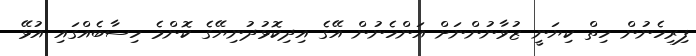
ފިރިހެނުން ހިތް ކިޔަނީ ޒުވާނުންނަށް އަންހެނުން އޭގެ އިދިކޮޅުދުނިޔޭގެ ކޮންމެ ހިސާބެއްގައި އުޅޭ